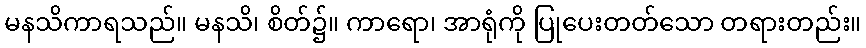
မနသိကာရသည်။ မနသိ၊ စိတ်၌။ ကာရော၊ အာရုံကို ပြုပေးတတ်သော တရားတည်း။